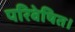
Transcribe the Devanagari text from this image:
परिवेषित।